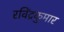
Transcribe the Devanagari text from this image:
रविंद्रकुमार